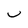
Character: U